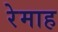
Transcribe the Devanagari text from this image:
रेमाह